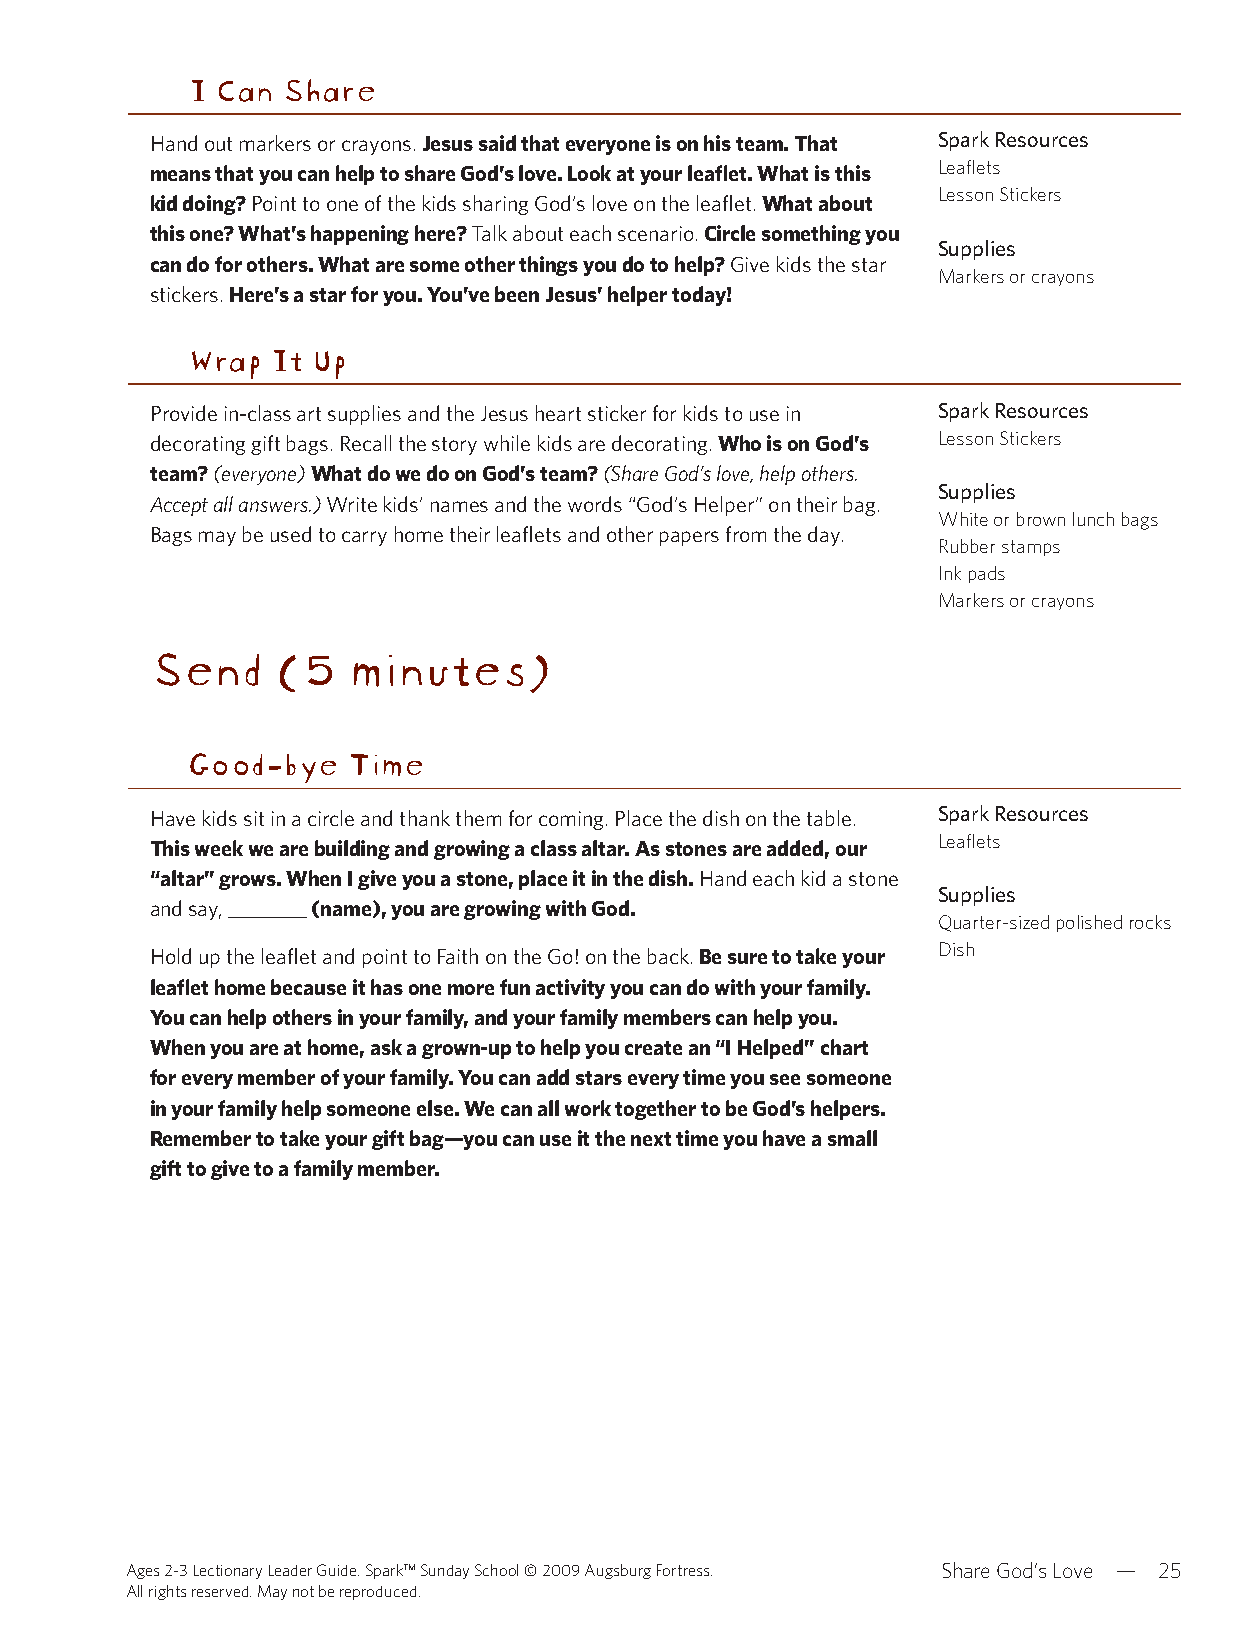
I Can  Share
 Hand out markers or crayons. Jesus said that everyone is on his team. That Spark Resources
 means that you can help to share God’s love. Look at your leaflet. What is this Leaflets
 Lesson Stickers
 kid doing? Point to one of the kids sharing God’s love on the leaflet. What about
 this one? What’s happening here? Talk about each scenario. Circle something you
 Supplies
 can do for others. What are some other things you do to help? Give kids the star
 Markers or crayons
 stickers. Here’s a star for you. You’ve been Jesus’ helper today!
 Wrap  It Up
 Provide in-class art supplies and the Jesus heart sticker for kids to use in Spark Resources
 decorating gift bags. Recall the story while kids are decorating. Who is on God’s Lesson Stickers
 team? (everyone) What do we do on God’s team? (Share God’s love, help others.
 Supplies
 Accept all answers.) Write kids’ names and the words “God’s Helper” on their bag.
 White or brown lunch bags
 Bags may be used to carry home their leaflets and other papers from the day.
 Rubber stamps
 Ink pads
 Markers or crayons
 Send    (5   minutes)
 Good-bye   Time
 Have kids sit in a circle and thank them for coming. Place the dish on the table. Spark Resources
 Leaflets
 This week we are building and growing a class altar. As stones are added, our
 “altar” grows. When I give you a stone, place it in the dish. Hand each kid a stone
 Supplies
 and say, ________ (name), you are growing with God.
 Quarter-sized polished rocks
 Dish
 Hold up the leaflet and point to Faith on the Go! on the back. Be sure to take your
 leaflet home because it has one more fun activity you can do with your family.
 You can help others in your family, and your family members can help you.
 When you are at home, ask a grown-up to help you create an “I Helped” chart
 for every member of your family. You can add stars every time you see someone
 in your family help someone else. We can all work together to be God’s helpers.
 Remember to take your gift bag—you can use it the next time you have a small
 gift to give to a family member.
 Ages 2-3 Lectionary Leader Guide. Spark™ Sunday School © 2009 Augsburg Fortress. Share God’s Love — 25
 All rights reserved. May not be reproduced.